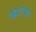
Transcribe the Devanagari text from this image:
कांटचा